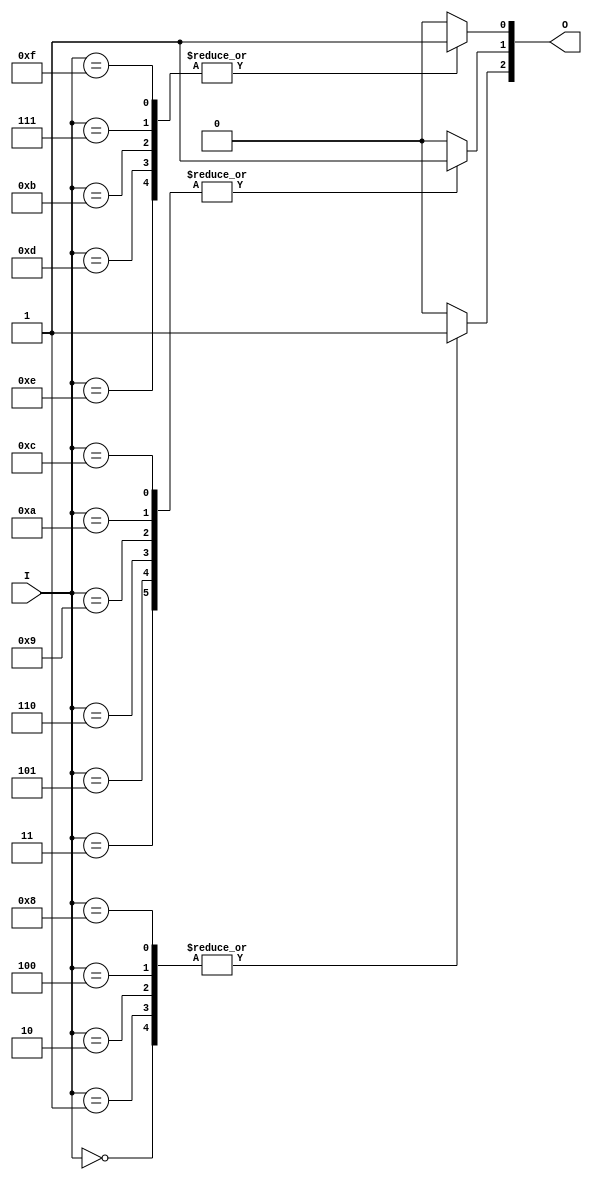
module voter_if (I, O);
input [3:0] I; // I 4 men
output [3:1] O; // O Result
reg [3:1] O;
    always@ (I)
        case (I)
            4'b0000:O[3] = 1;
            4'b0001:O[3] = 1;
            4'b0010:O[3] = 1;
            4'b0100:O[3] = 1;
            4'b1000:O[3] = 1;
            default:O[3] = 0;
        endcase
    always@ (I)
        case (I)
            4'b0011:O[2] = 1;
            4'b0101:O[2] = 1;
            4'b0110:O[2] = 1;
            4'b1001:O[2] = 1;
            4'b1010:O[2] = 1;
            4'b1100:O[2] = 1;
            default:O[2] = 0;
        endcase
    always@ (I)
        case (I)
            4'b1110:O[1] = 1;
            4'b1101:O[1] = 1;
            4'b1011:O[1] = 1;
            4'b0111:O[1] = 1;
            4'b1111:O[1] = 1;
            default:O[1] = 0;
        endcase
endmodule